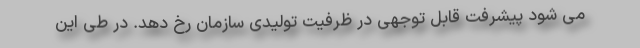
می شود پیشرفت قابل توجهی در ظرفیت تولیدی سازمان رخ دهد. در طی این